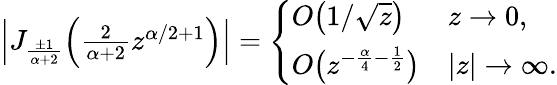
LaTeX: \begin{array}{r}{\left|J_{\frac{\pm 1}{\alpha+2}}\Big(\frac{2}{\alpha+2}z^{\alpha/2+1}\Big)\right|=\left\{ \begin{array}{ll}{O\big(1/\sqrt{z}\big)}&{z\rightarrow 0,}\\ {O\big(z^{-\frac{\alpha}{4}-\frac{1}{2}}\big)}&{|z|\rightarrow\infty.}\end{array}\right.}\end{array}